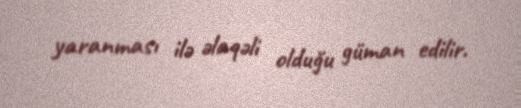
yaranması ilə əlaqəli olduğu güman edilir.